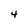
Character: 4